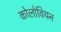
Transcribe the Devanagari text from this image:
कोलोवियन